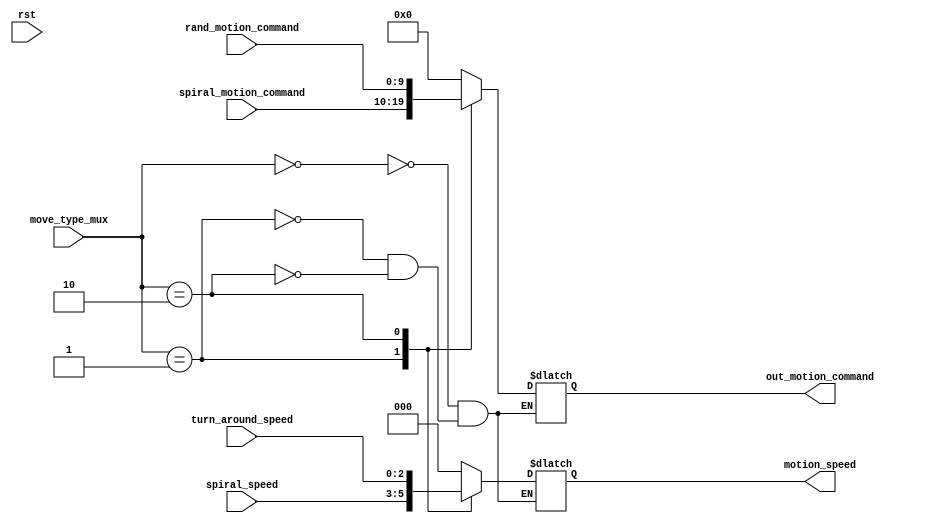
`timescale 1ns/10ps

module decision_mux(move_type_mux,rst,spiral_speed,turn_around_speed,motion_speed,rand_motion_command,spiral_motion_command,out_motion_command);

	input [1:0] move_type_mux;
	input [2:0] spiral_speed;
	input [2:0] turn_around_speed;
	input [9:0] spiral_motion_command;
	input [9:0] rand_motion_command;
	input rst; 
	
	output [9:0] out_motion_command;
	reg [9:0] out_motion_command;
	
	output [2:0] motion_speed;
	reg [2:0] motion_speed;

	parameter MUX_PAUSE = 2'b00;
	parameter MUX_SPIRAL = 2'b01;
	parameter MUX_RAND = 2'b10;

	always@(rst or move_type_mux or spiral_motion_command or rand_motion_command or spiral_speed or turn_around_speed) begin
		case (move_type_mux)
			MUX_PAUSE: begin
				out_motion_command <= 10'b00_0000_0000;
				motion_speed <= 3'b000;
			end
			MUX_SPIRAL : begin
				out_motion_command <= spiral_motion_command;
				motion_speed <= spiral_speed;
			end
			MUX_RAND : begin
				out_motion_command <= rand_motion_command;
				motion_speed <= turn_around_speed;
			end
		endcase
	end
endmodule